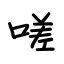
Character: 嗟